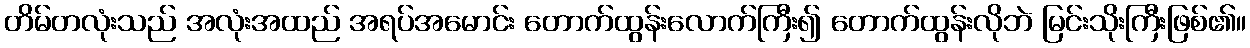
တိမ်တလုံးသည် အလုံးအထည် အရပ်အမောင်း တောက်ထွန်းလောက်ကြီး၍ တောက်ထွန်းလိုဘဲ မြင်းသိုးကြီးဖြစ်၏။